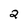
Character: 2